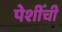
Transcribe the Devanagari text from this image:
पेशीँची